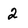
Character: 2